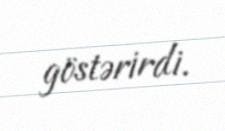
göstərirdi.